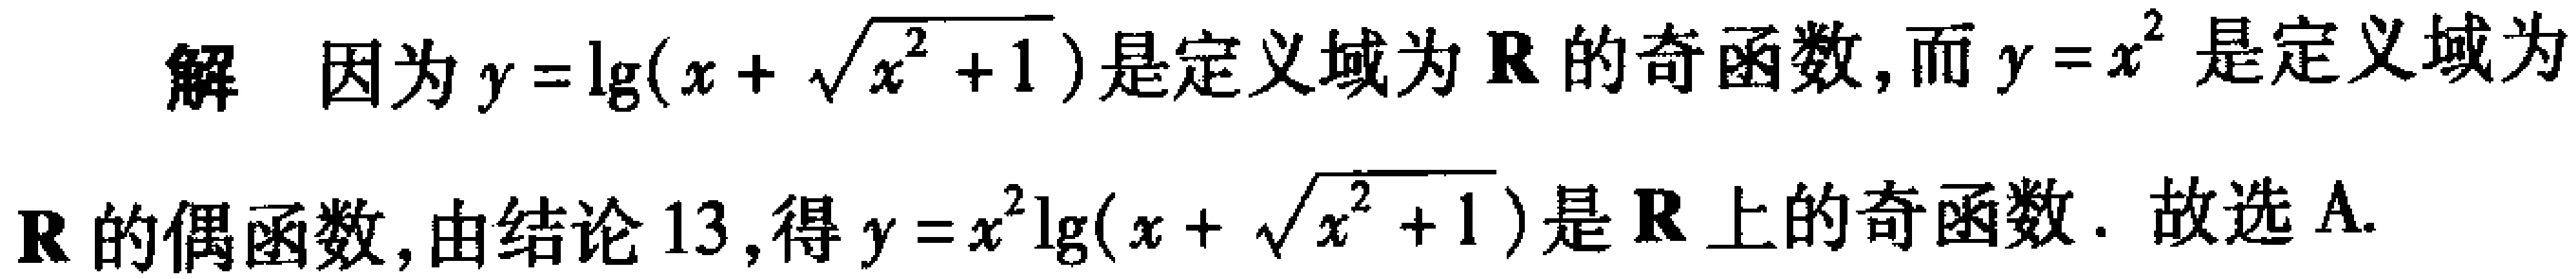
解 因为\(y = \lg(x + \sqrt{x^{2}+1})\)是定义域为\(\mathbf{R}\)的奇函数，而\(y = x^{2}\)是定义域为\(\mathbf{R}\)的偶函数，由结论\(13\)，得\(y = x^{2}\lg(x + \sqrt{x^{2}+1})\)是\(\mathbf{R}\)上的奇函数. 故选A.